Annual administration report of the Civil Veterinary Department of India - 1893-1894
Year: 1893
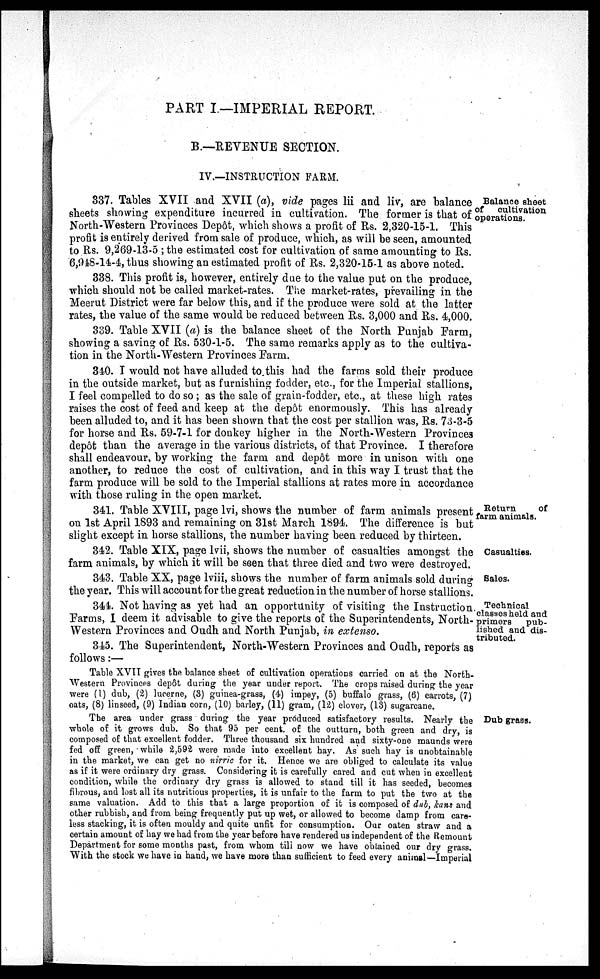
PART I.—IMPERIAL REPORT.
B.—REVENUE SECTION.
IV.—INSTRUCTION FARM.
Balance sheet
of
cultivation
operations.
337. Tables XVII and XVII (a), vide pages lii and liv, are balance
sheets showing expenditure incurred in cultivation. The former is that of
North-Western Provinces Depôt, which shows a profit of Rs. 2,320-15-1. This
profit is entirely derived from sale of produce, which, as will be seen, amounted
to Rs. 9,269-13-5; the estimated cost for cultivation of same amounting to Rs.
6,948-14-4, thus showing an estimated profit of Rs. 2,320-15-1 as above noted.
338. This profit is, however, entirely due to the value put on the produce,
which should not be called market-rates. The market-rates, prevailing in the
Meerut District were far below this, and if the produce were sold at the latter
rates, the value of the same would be reduced between Rs. 3,000 and Rs. 4,000.
339. Table XVII (a) is the balance sheet of the North Punjab Farm,
showing a saving of Rs. 530-1-5. The same remarks apply as to the cultiva-
tion in the North-Western Provinces Farm.
340. I would not have alluded to this had the farms sold their produce
in the outside market, but as furnishing fodder, etc., for the Imperial stallions,
I feel compelled to do so; as the sale of grain-fodder, etc., at these high rates
raises the cost of feed and keep at the depôt enormously. This has already
been alluded to, and it has been shown that the cost per stallion was, Rs. 73-3-5
for horse and Rs. 59-7-1 for donkey higher in the North-Western Provinces
depôt than the average in the various districts, of that Province. I therefore
shall endeavour, by working the farm and depôt more in unison with one
another, to reduce the cost of cultivation, and in this way I trust that the
farm produce will be sold to the Imperial stallions at rates more in accordance
with those ruling in the open market.
Return
of
farm animals.
341. Table XVIII, page lvi, shows the number of farm animals present
on 1st April 1893 and remaining on 31st March 1894. The difference is but
slight except in horse stallions, the number having been reduced by thirteen.
Casualties.
342. Table XIX, page lvii, shows the number of casualties amongst the
farm animals, by which it will be seen that three died and two were destroyed.
Sales.
343. Table XX, page lviii, shows the number of farm animals sold during
the year. This will account for the great reduction in the number of horse stallions.
Technical
classes held and
primers
pub-
lished and dis-
tributed.
344. Not having as yet had an opportunity of visiting the Instruction
Farms, I deem it advisable to give the reports of the Superintendents, North-
Western Provinces and Oudh and North Punjab, in extenso.
345. The Superintendent, North-Western Provinces and Oudh, reports as
follows:—
Table XVII gives the balance sheet of cultivation operations carried on at the North-
western Provinces depôt during the year under report. The crops raised during the year
were (1) dub, (2) lucerne, (3) guinea-grass, (4) impey, (5) buffalo grass, (6) carrots, (7)
oats, (8) linseed, (9) Indian corn, (10) barley, (11) gram, (12) clover, (13) sugarcane.
Dub grass.
The area under grass during the year produced satisfactory results. Nearly the
whole of it grows dub. So that 95 per cent. of the outturn, both green and dry, is
composed of that excellent fodder. Three thousand six hundred and sixty-one maunds were
fed off green, while 2,592 were made into excellent hay. As such hay is unobtainable
in the market, we can get no nirric for it. Hence we are obliged to calculate its value
as if it were ordinary dry grass. Considering it is carefully cared and cut when in excellent
condition, while the ordinary dry grass is allowed to stand till it has seeded, becomes
fibrous, and lost all its nutritious properties, it is unfair to the farm to put the two at the
same valuation. Add to this that a large proportion of it is composed of dub, kans and
other rubbish, and from being frequently put up wet, or allowed to become damp from care-
less stacking, it is often mouldy and quite unfit for consumption. Our oaten straw and a
certain amount of hay we had from the year before have rendered us independent of the Remount
Department for some months past, from whom tili now we have obtained our dry grass.
With the stock we have in hand, we have more than sufficient to feed every animal—Imperial